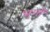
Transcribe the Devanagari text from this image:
भृगों